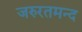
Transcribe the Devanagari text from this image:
जरुरतमन्द